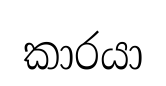
කාරයා